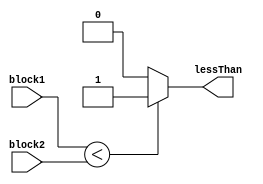
module LessThanComparator(
    input [7:0] block1,
    input [7:0] block2,
    output reg lessThan
);

always @* begin
    if (block1 < block2) begin
        lessThan = 1;
    end else begin
        lessThan = 0;
    end
end

endmodule